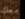
معك